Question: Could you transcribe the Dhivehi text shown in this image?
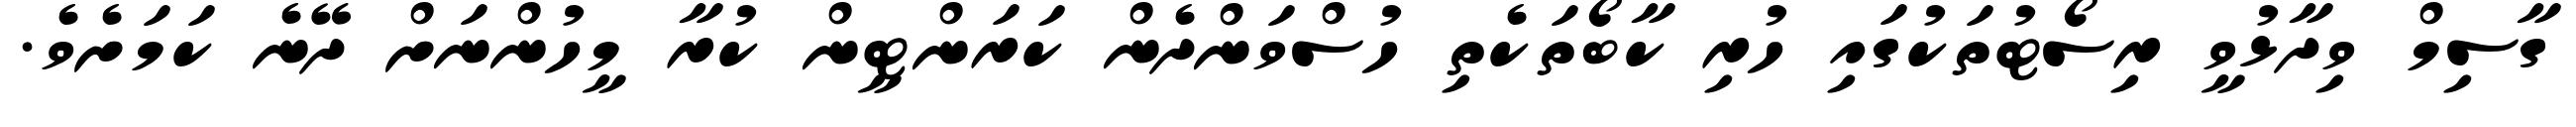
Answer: ގާސިމް ވިދާޅުވީ ރިސޯޓުތަކުގައި ހުރި ކާބޯތަކެތި ހުސްވަންދެން ކަރަންޓީން ކުރާ މީހުންނަށް ދޭނެ ކަމަށެވެ.